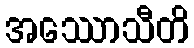
အဿောသီတိ